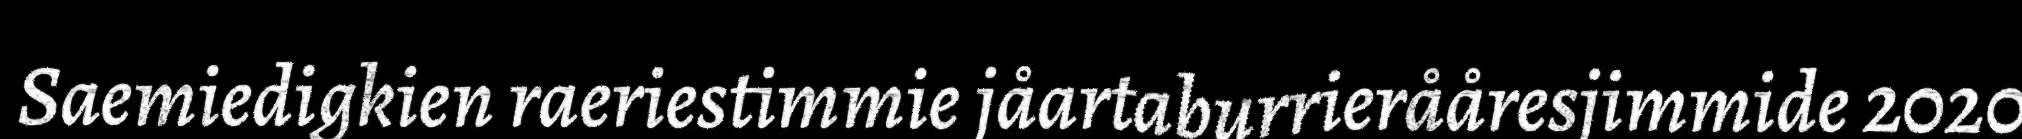
Saemiedigkien raeriestimmie jåartaburrierååresjimmide 2020